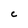
Character: C